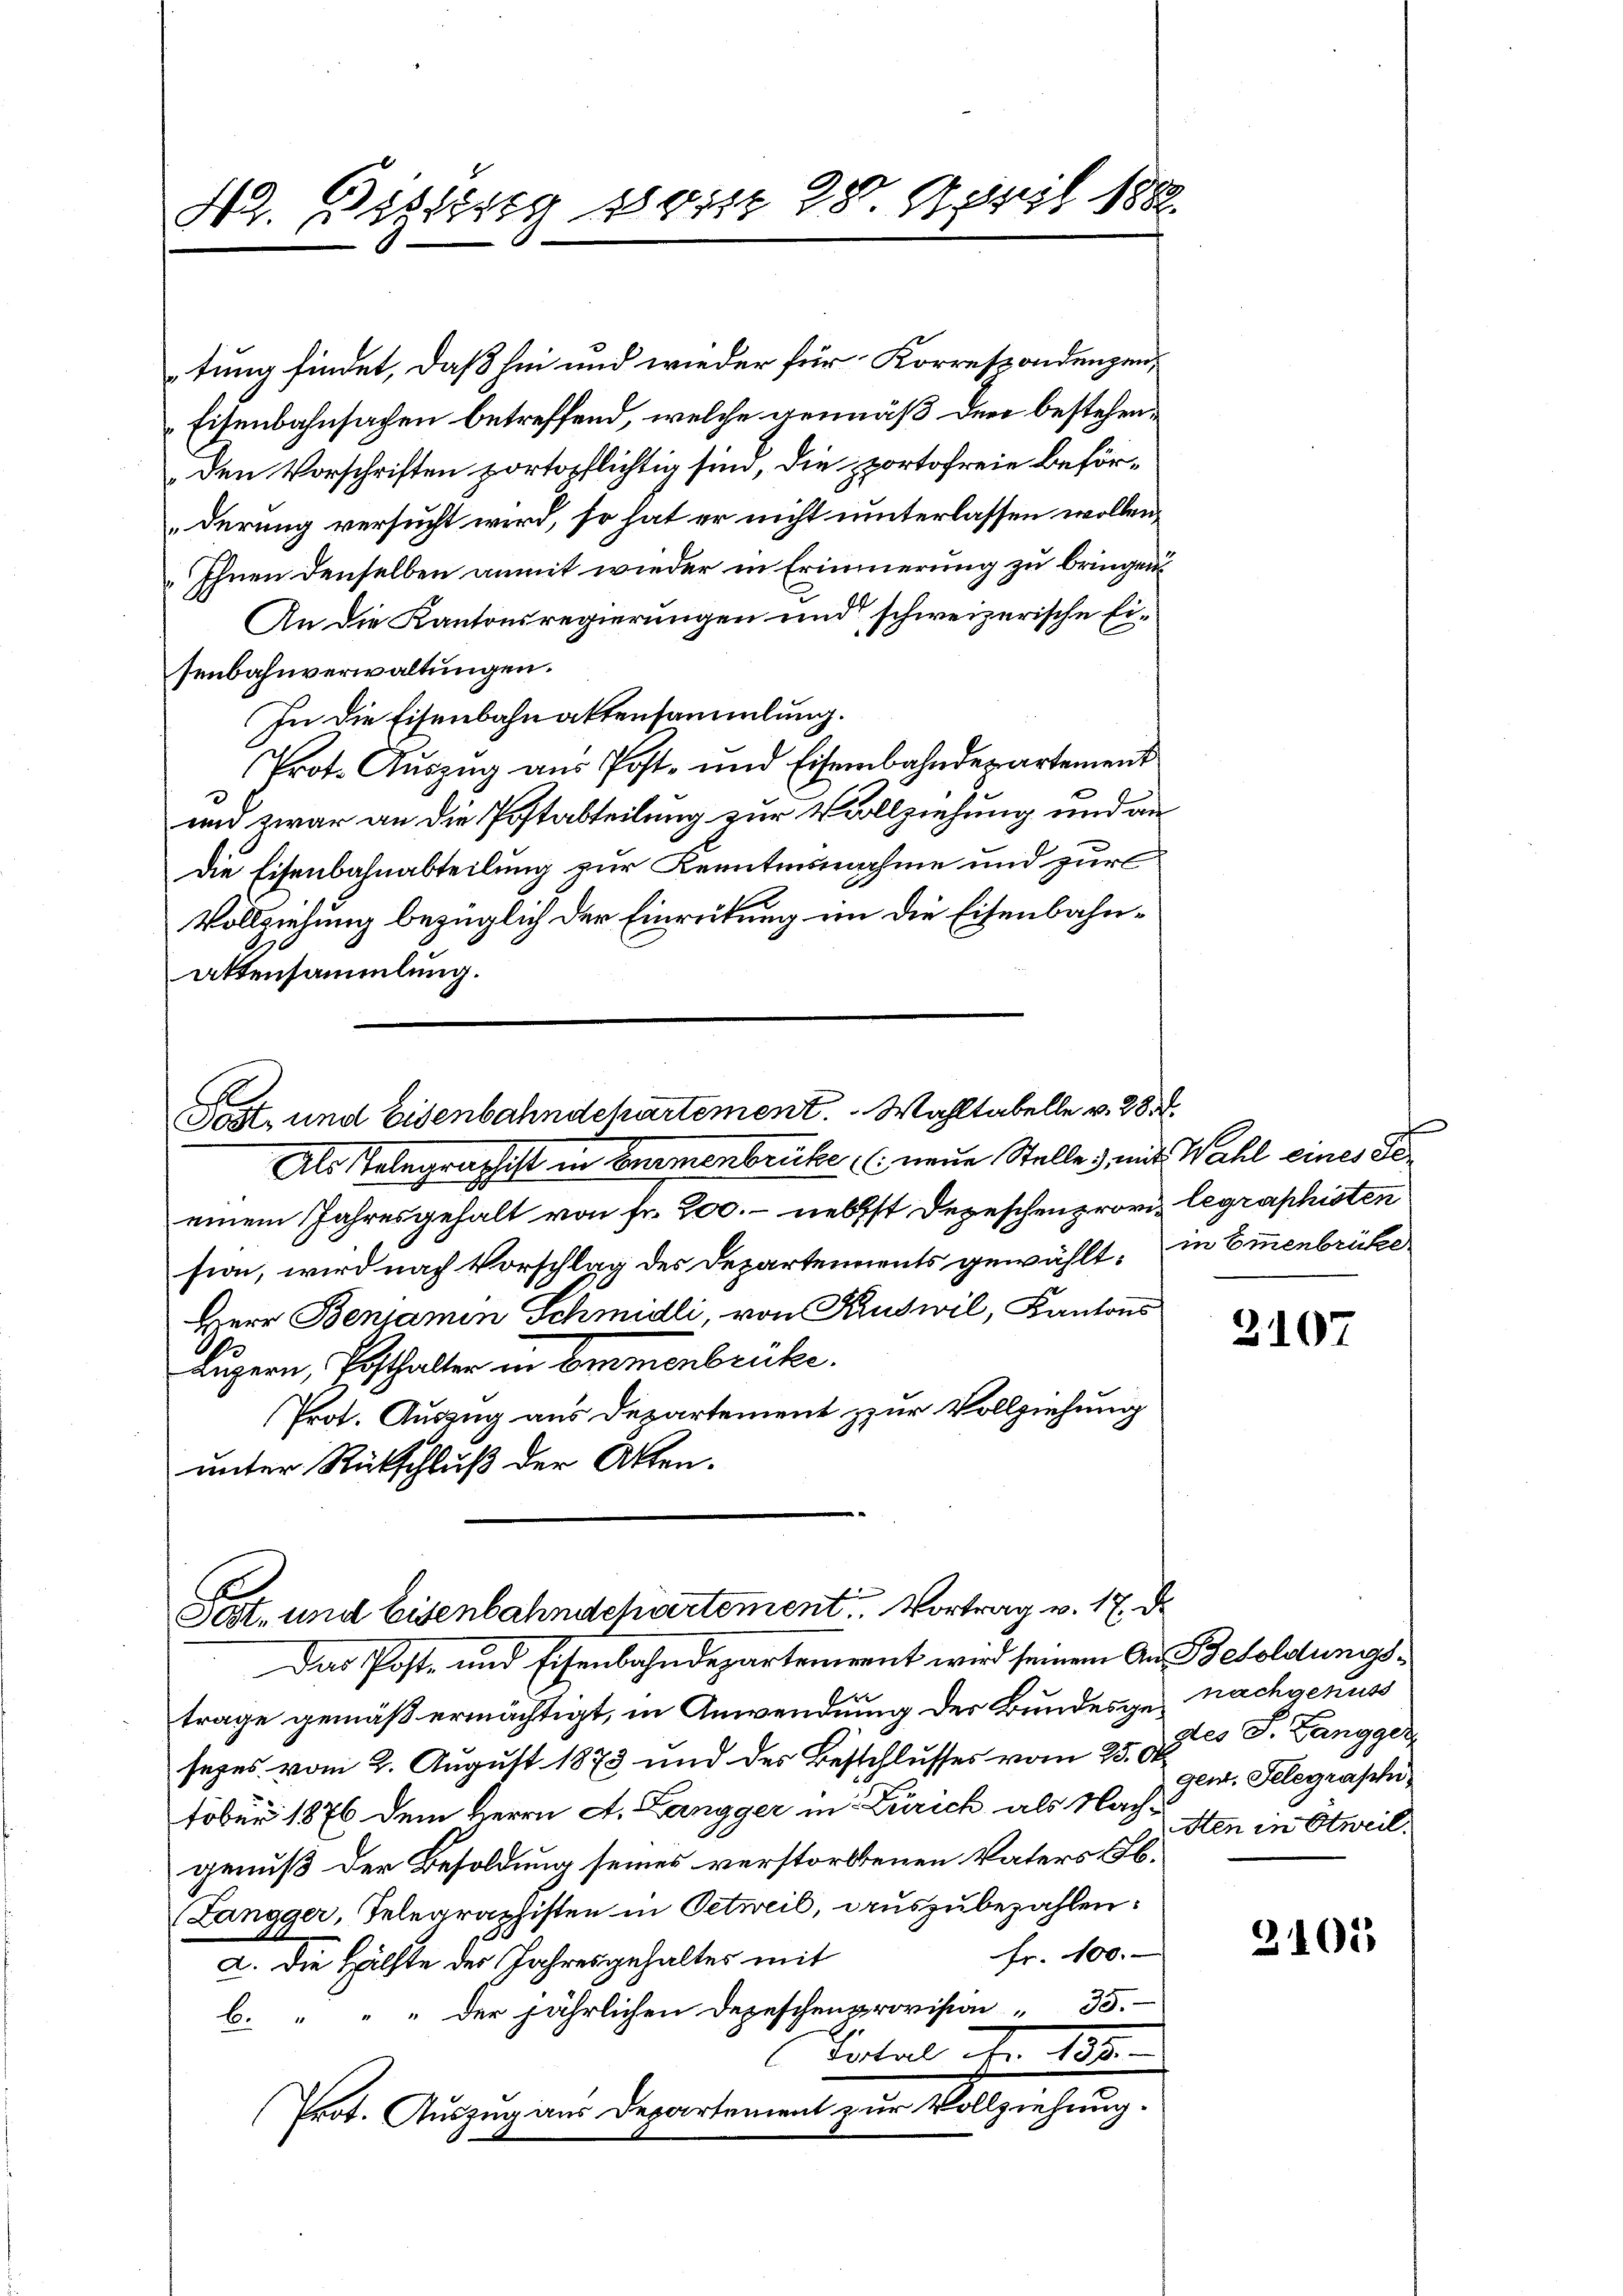
42. Biblis 1801. 28. April 188

tung findet, daß hin und wieder für Korrespondenzen,
Eisenbahnsachen betreffend, welche gemäß den bestehenden Vorschriften portopflichtig sind, die portofreie Beförderung versucht wird, so hat er nicht unterlassen wollen,
Ihnen denselben anmit wieder in Erinnerung zu bringen
An die Kantonsregierungen und schweizerische Eisenbahnverwaltungen.
In die Eisenbahnaktensammlung.
Prot. Auszug aus Post- und Eisenbahndepartement
un zwar an die Postabteilung zur Vollziehung und an
Die Eisenbahnabteilung zur Kenntnisnahme und zur
Vollziehung bezüglich der Einrückung im die Eisenbahnattensammlung.

Post und Eisenbahndchartement. Wahltabelle v. 28.

Als Telegraphist in Emmenbrücke neue Stelle mit Wahl eines Seeinem Jahresgehalt von fr. 200. - nebst Depeschenprovi legraphisten
sion, wird nach Vorschlag des Departements gewählt, in Emmenbrücke
Herr Benjamin Schmidli, von Kruswil, Kantons
luzern, Besthalten in Birmenbrüte.
Prot. Auszug aus Departement zur Vollziehung
unter Rückschluß der Akten.

Post- und Eisenbahndepartement. Vortrag v. 17. d.

Das Post- und Eisenbahndepartement wird seinem An Besoldungstrage gemäß ermächtigt, in Anwendung der Bundesge nachgenuss
sezes vom 2. August 1873 und des Beschlusses vom 25. Ok
töber 1876 dem Herrn A. Langger in Zürich als Nach-
genuß der Besoldung seines verstorbenen Vaters Ab¬
(Langger, Telegraphisten in Oetweil, auszubezahlen.
Fr. 100.
a. Die Hälfte des Jahresgehaltes mit
b. " " " der jährlichen Depeschenprovision " 35.
Total Fr. 182.
Prot. Auszug aus Departement zur Vollziehung.

2107

gtes J. Zangger,
gen, Telegraschi
sten in Etweil.

2405